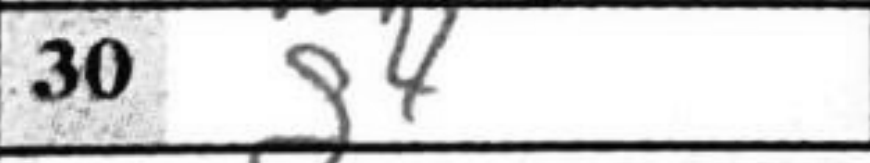
Transcription: g4